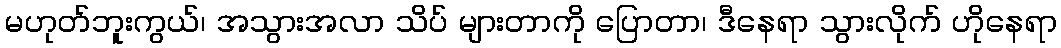
မဟုတ်ဘူးကွယ်၊ အသွားအလာ သိပ် များတာကို ပြောတာ၊ ဒီနေရာ သွားလိုက် ဟိုနေရာ